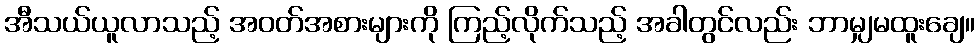
အီသယ်ယူလာသည့် အဝတ်အစားများကို ကြည့်လိုက်သည့် အခါတွင်လည်း ဘာမျှမထူးချေ။